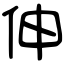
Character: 伸